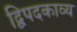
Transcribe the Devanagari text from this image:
द्विपदकाव्य